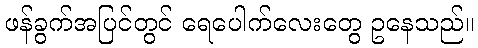
ဖန်ခွက်အပြင်တွင် ရေပေါက်လေးတွေ ဥနေသည်။